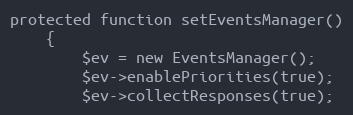
Language: PHP
protected function setEventsManager()
    {
        $ev = new EventsManager();
        $ev->enablePriorities(true);
        $ev->collectResponses(true);